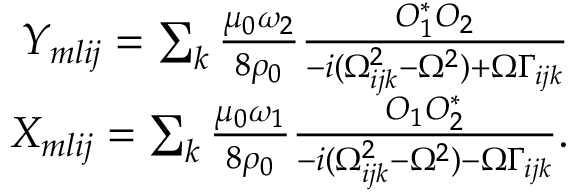
\begin{array} { r } { Y _ { m l i j } = \sum _ { k } \frac { { \mu _ { 0 } \omega _ { 2 } } } { 8 \rho _ { 0 } } \frac { O _ { 1 } ^ { * } O _ { 2 } } { - i ( \Omega _ { i j k } ^ { 2 } - \Omega ^ { 2 } ) + \Omega \Gamma _ { i j k } } } \\ { X _ { m l i j } = \sum _ { k } \frac { { \mu _ { 0 } \omega _ { 1 } } } { 8 \rho _ { 0 } } \frac { O _ { 1 } O _ { 2 } ^ { * } } { - i ( \Omega _ { i j k } ^ { 2 } - \Omega ^ { 2 } ) - \Omega \Gamma _ { i j k } } . } \end{array}